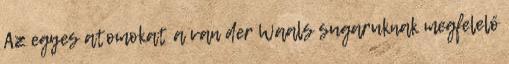
Az egyes atomokat a van der Waals sugaruknak megfelelő